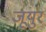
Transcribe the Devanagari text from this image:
जूयुर